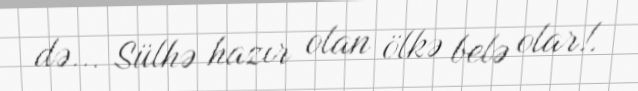
də... Sülhə hazır olan ölkə belə olar!.